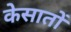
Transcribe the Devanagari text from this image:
केसातों